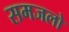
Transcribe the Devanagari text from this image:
समजलो